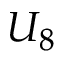
U _ { 8 }